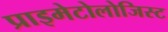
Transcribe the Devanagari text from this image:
प्राइमेटोलोजिस्ट